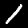
Digit: 1